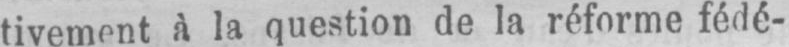
à la question de la réforme fédé-